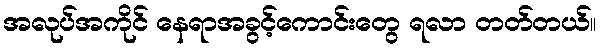
အလုပ်အကိုင် နေရာအခွင့်ကောင်းတွေ ရလာ တတ်တယ်။